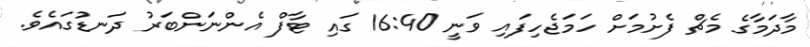
މާދަމާގެ މެޗް ފެށުމަށް ހަމަޖެހިފައި ވަނީ 16:40 ގައި ޓާފް އެންނަންބަރު ދަނޑުގައެވެ.